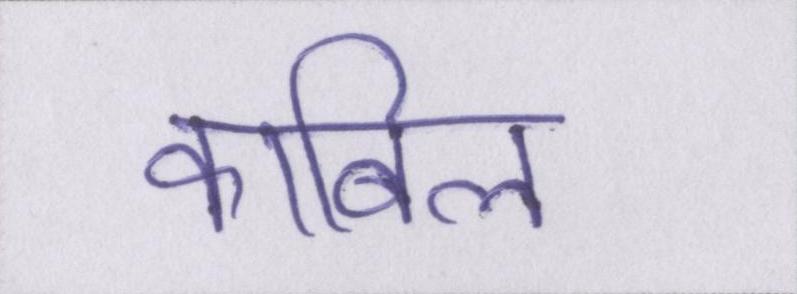
काबिल